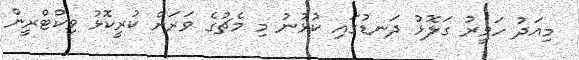
މިއަދު ހަވީރު ގަލޮޅު ދަނޑުގައި ކުޅުނު މި މެޗުގެ ވަރަށް ކުރީކޮޅު ވިކްޓްރީން